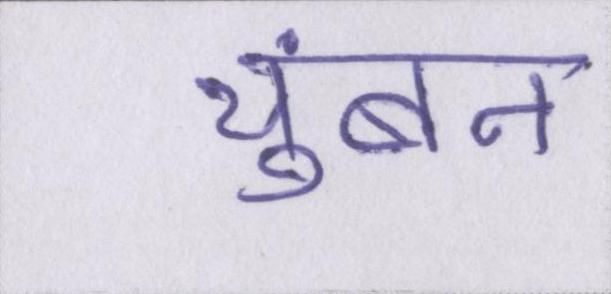
चुंबन